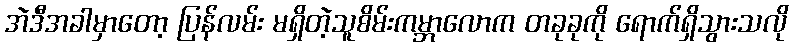
အဲဒီအခါမှာတော့ ပြန်လမ်း မရှိတဲ့သူစိမ်းကမ္ဘာလောက တခုခုကို ရောက်ရှိသွားသလို